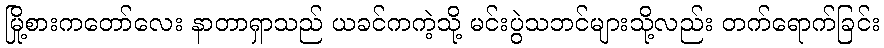
မြို့စားကတော်လေး နာတာရှာသည် ယခင်ကကဲ့သို့ မင်းပွဲသဘင်များသို့လည်း တက်ရောက်ခြင်း